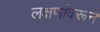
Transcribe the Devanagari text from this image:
लक्षणांवरून